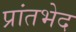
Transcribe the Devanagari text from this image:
प्रांतभेद